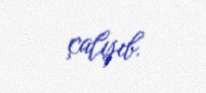
çalışıb.